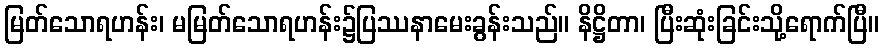
မြတ်သောရဟန်း၊ မမြတ်သောရဟန်း၌ပြဿနာမေးခွန်းသည်။ နိဋ္ဌိတာ၊ ပြီးဆုံးခြင်းသို့ရောက်ပြီ။